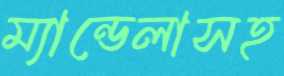
ম্যান্ডেলাসহ